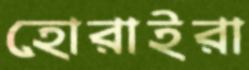
হোরাইরা